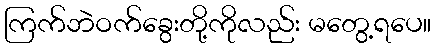
ကြက်ဘဲဝက်ခွေးတို့ကိုလည်း မတွေ့ရပေ။